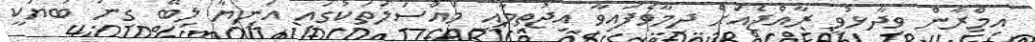
އިމްރާން ވިދާޅުވީ ރާއްޖެއަށް ދިމާވެފައިވާ އިޖުތިމާއީ މައްސަލަތަކުގައި އަނިޔާ ލިބޭ ގިނަ ބަޔަކީ